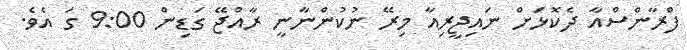
ފްރާންސްއާ ދެކޮޅަށް ނައިޖީރިއާ މިރޭ ނުކުންނާނީ ރާއްޖޭ ގަޑިން 9:00 ގަ އެވެ.